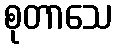
စုတာသေ